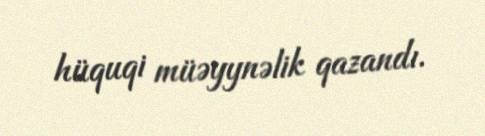
hüquqi müəyynəlik qazandı.